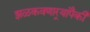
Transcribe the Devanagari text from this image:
झळकवणार्‍यांपैकी